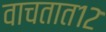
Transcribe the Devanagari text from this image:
वाचतात१२